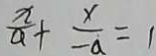
\frac { x } { a } + \frac { x } { - a } = 1